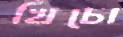
খিঁচো